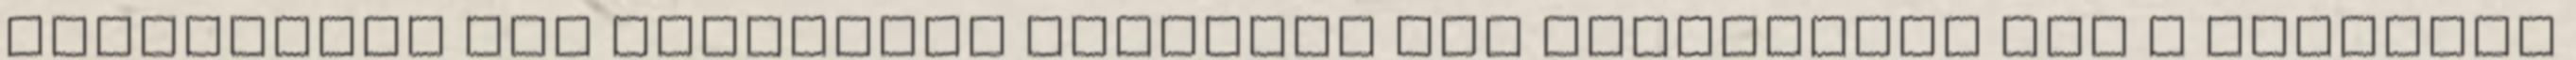
téglalapba írt háromszög területe nem haladhatja meg a téglalap